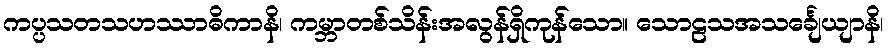
ကပ္ပသတသဟဿာဓိကာနိ၊ ကမ္ဘာတစ်သိန်းအလွန်ရှိကုန်သော။ သောဠသအသင်္ချေယျာနိ၊